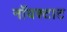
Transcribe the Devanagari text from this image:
नॉयश्टाट